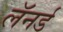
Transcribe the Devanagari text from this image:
लॅनर्ड